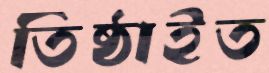
তিষ্ঠাইত